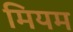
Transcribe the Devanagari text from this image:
मियम